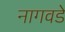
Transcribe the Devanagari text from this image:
नागवडे